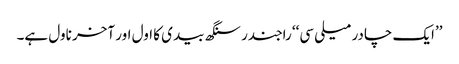
’’ایک چادر میلی سی‘‘ راجندر سنگھ بیدی کا اول اور آخر ناول ہے۔